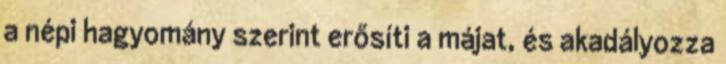
a népi hagyomány szerint erősíti a májat, és akadályozza